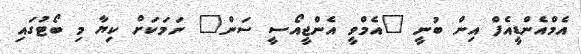
އެމްއެންޑީއެފް އިން ބުނީ "އެމްވީ އެންޖީއޯސީ ސަން" ނަމަކަށް ކިޔާ މި ބޯޓުގައި